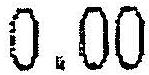
0.00